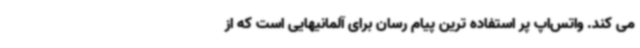
می کند. واتس‌اپ پر استفاده ترین پیام رسان برای آلمانیهایی است که از